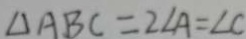
\Delta A B C = 2 \angle A = \angle C